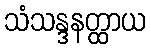
သံသန္ဒနတ္ထာယ